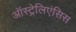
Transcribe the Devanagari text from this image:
ऑस्ट्रेलिएंसिस